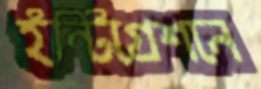
ইন্টিগ্রেশনে